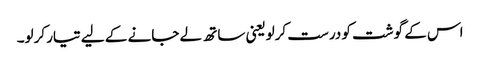
اس کے گوشت کو درست کرلویعنی ساتھ لے جانے کے لیے تیار کرلو۔